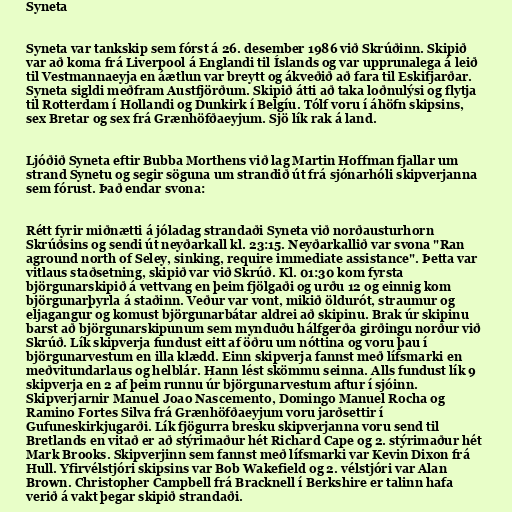
Syneta

Syneta var tankskip sem fórst á 26. desember 1986 við Skrúðinn. Skipið
var að koma frá Liverpool á Englandi til Íslands og var upprunalega á leið
til Vestmannaeyja en áætlun var breytt og ákveðið að fara til Eskifjarðar.
Syneta sigldi meðfram Austfjörðum. Skipið átti að taka loðnulýsi og flytja
til Rotterdam í Hollandi og Dunkirk í Belgíu. Tólf voru í áhöfn skipsins,
sex Bretar og sex frá Grænhöfðaeyjum. Sjö lík rak á land.

Ljóðið Syneta eftir Bubba Morthens við lag Martin Hoffman fjallar um
strand Synetu og segir söguna um strandið út frá sjónarhóli skipverjanna
sem fórust. Það endar svona:

Rétt fyrir miðnætti á jóladag strandaði Syneta við norðausturhorn
Skrúðsins og sendi út neyðarkall kl. 23:15. Neyðarkallið var svona "Ran
aground north of Seley, sinking, require immediate assistance". Þetta var
vitlaus staðsetning, skipið var við Skrúð. Kl. 01:30 kom fyrsta
björgunarskipið á vettvang en þeim fjölgaði og urðu 12 og einnig kom
björgunarþyrla á staðinn. Veður var vont, mikið öldurót, straumur og
eljagangur og komust björgunarbátar aldrei að skipinu. Brak úr skipinu
barst að björgunarskipunum sem mynduðu hálfgerða girðingu norður við
Skrúð. Lík skipverja fundust eitt af öðru um nóttina og voru þau í
björgunarvestum en illa klædd. Einn skipverja fannst með lífsmarki en
meðvitundarlaus og helblár. Hann lést skömmu seinna. Alls fundust lík 9
skipverja en 2 af þeim runnu úr björgunarvestum aftur í sjóinn.
Skipverjarnir Manuel Joao Nascemento, Domingo Manuel Rocha og
Ramino Fortes Silva frá Grænhöfðaeyjum voru jarðsettir í
Gufuneskirkjugarði. Lík fjögurra bresku skipverjanna voru send til
Bretlands en vitað er að stýrimaður hét Richard Cape og 2. stýrimaður hét
Mark Brooks. Skipverjinn sem fannst með lífsmarki var Kevin Dixon frá
Hull. Yfirvélstjóri skipsins var Bob Wakefield og 2. vélstjóri var Alan
Brown. Christopher Campbell frá Bracknell í Berkshire er talinn hafa
verið á vakt þegar skipið strandaði.